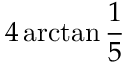
4 \arctan { \frac { 1 } { 5 } }